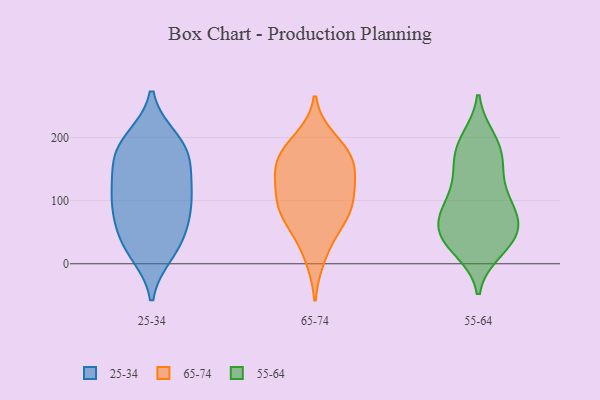
{"axis": {"x": "Revenue (USD Million)", "y": "Value"}, "legend": ["25-34", "55-64", "65-74"], "data": [{"x": "", "y": 131, "type": "25-34"}, {"x": "", "y": 92, "type": "25-34"}, {"x": "", "y": 164, "type": "25-34"}, {"x": "", "y": 15, "type": "25-34"}, {"x": "", "y": 158, "type": "25-34"}, {"x": "", "y": 105, "type": "25-34"}, {"x": "", "y": 200, "type": "25-34"}, {"x": "", "y": 200, "type": "25-34"}, {"x": "", "y": 156, "type": "25-34"}, {"x": "", "y": 179, "type": "25-34"}, {"x": "", "y": 62, "type": "25-34"}, {"x": "", "y": 120, "type": "25-34"}, {"x": "", "y": 87, "type": "25-34"}, {"x": "", "y": 38, "type": "25-34"}, {"x": "", "y": 15, "type": "25-34"}, {"x": "", "y": 106, "type": "25-34"}, {"x": "", "y": 191, "type": "25-34"}, {"x": "", "y": 38, "type": "25-34"}, {"x": "", "y": 65, "type": "25-34"}, {"x": "", "y": 150, "type": "65-74"}, {"x": "", "y": 142, "type": "65-74"}, {"x": "", "y": 166, "type": "65-74"}, {"x": "", "y": 67, "type": "65-74"}, {"x": "", "y": 182, "type": "65-74"}, {"x": "", "y": 10, "type": "65-74"}, {"x": "", "y": 51, "type": "65-74"}, {"x": "", "y": 171, "type": "65-74"}, {"x": "", "y": 99, "type": "65-74"}, {"x": "", "y": 81, "type": "65-74"}, {"x": "", "y": 101, "type": "65-74"}, {"x": "", "y": 136, "type": "65-74"}, {"x": "", "y": 197, "type": "65-74"}, {"x": "", "y": 98, "type": "65-74"}, {"x": "", "y": 179, "type": "55-64"}, {"x": "", "y": 99, "type": "55-64"}, {"x": "", "y": 174, "type": "55-64"}, {"x": "", "y": 197, "type": "55-64"}, {"x": "", "y": 97, "type": "55-64"}, {"x": "", "y": 39, "type": "55-64"}, {"x": "", "y": 42, "type": "55-64"}, {"x": "", "y": 76, "type": "55-64"}, {"x": "", "y": 48, "type": "55-64"}, {"x": "", "y": 159, "type": "55-64"}, {"x": "", "y": 22, "type": "55-64"}, {"x": "", "y": 75, "type": "55-64"}, {"x": "", "y": 50, "type": "55-64"}, {"x": "", "y": 95, "type": "55-64"}, {"x": "", "y": 74, "type": "55-64"}, {"x": "", "y": 142, "type": "55-64"}, {"x": "", "y": 198, "type": "55-64"}, {"x": "", "y": 47, "type": "55-64"}, {"x": "", "y": 21, "type": "55-64"}, {"x": "", "y": 135, "type": "55-64"}]}